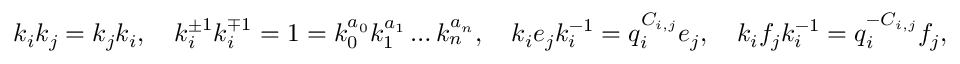
k _ { i } k _ { j } = k _ { j } k _ { i } , \quad k _ { i } ^ { \pm 1 } k _ { i } ^ { \mp 1 } = 1 = k _ { 0 } ^ { a _ { 0 } } k _ { 1 } ^ { a _ { 1 } } \dots k _ { n } ^ { a _ { n } } , \quad k _ { i } e _ { j } k _ { i } ^ { - 1 } = q _ { i } ^ { C _ { i , j } } e _ { j } , \quad k _ { i } f _ { j } k _ { i } ^ { - 1 } = q _ { i } ^ { - C _ { i , j } } f _ { j } ,